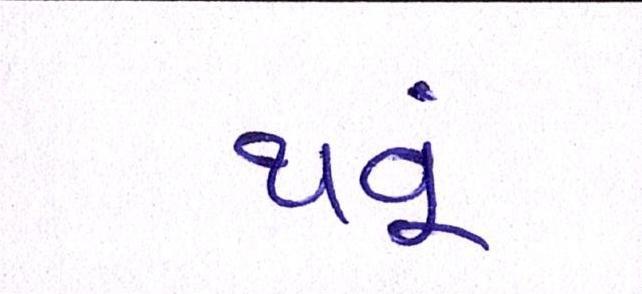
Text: થવૂં